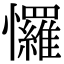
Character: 㦬